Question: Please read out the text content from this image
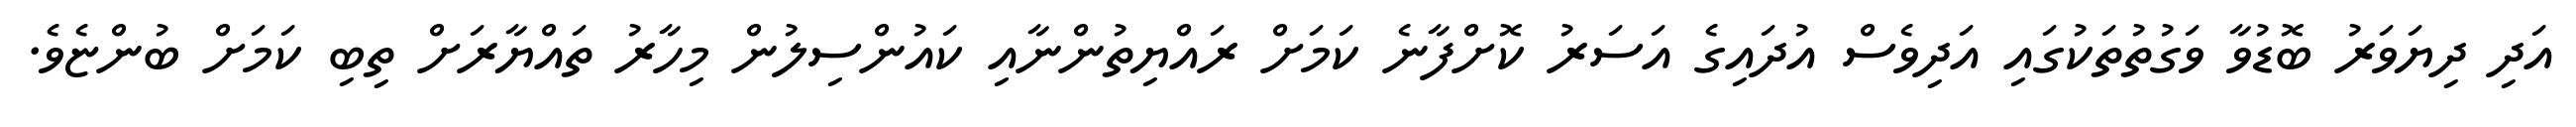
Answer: އަދި ދިޔަވަރު ބޮޑުވާ ވަގުތުތަކުގައި އަދިވެސް އުދައިގެ އަސަރު ކޮށްފާނެ ކަމަށް ރައްޔިތުންނާއި ކައުންސިލުން މިހާރު ތައްޔާރަށް ތިބި ކަމަށް ބުންޏެވެ.